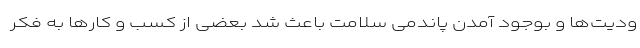
ودیت‌ها و بوجود آمدن پاندمی سلامت باعث شد بعضی از کسب و کارها به فکر